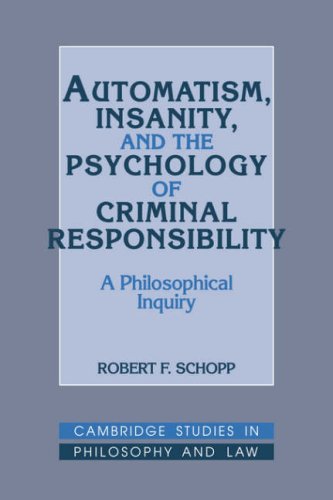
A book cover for Automatism, Insanity, and the Psychology of Criminal Responsibility: A Philosophical Inquiry (Cambridge Studies in Philosophy and Law); Robert F. Schopp; Law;